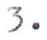
3.